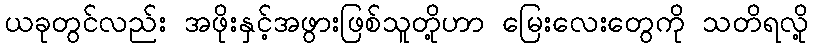
ယခုတွင်လည်း အဖိုးနှင့်အဖွားဖြစ်သူတို့ဟာ မြေးလေးတွေကို သတိရလို့